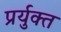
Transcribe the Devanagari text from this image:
प्रर्युक्त